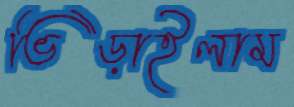
ভিড়াইলাম